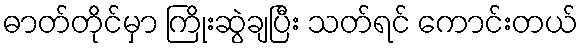
ဓာတ်တိုင်မှာ ကြိုးဆွဲချပြီး သတ်ရင် ကောင်းတယ်